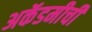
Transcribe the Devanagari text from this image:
अकॅडमीची